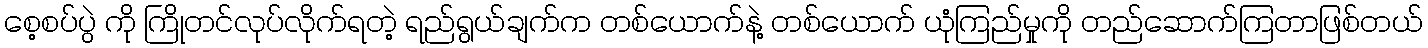
စေ့စပ်ပွဲ ကို ကြိုတင်လုပ်လိုက်ရတဲ့ ရည်ရွယ်ချက်က တစ်ယောက်နဲ့ တစ်ယောက် ယုံကြည်မှုကို တည်ဆောက်ကြတာဖြစ်တယ်